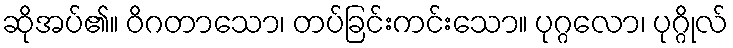
ဆိုအပ်၏။ ဝိဂတာသော၊ တပ်ခြင်းကင်းသော။ ပုဂ္ဂလော၊ ပုဂ္ဂိုလ်